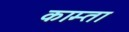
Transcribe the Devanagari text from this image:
काम्ता